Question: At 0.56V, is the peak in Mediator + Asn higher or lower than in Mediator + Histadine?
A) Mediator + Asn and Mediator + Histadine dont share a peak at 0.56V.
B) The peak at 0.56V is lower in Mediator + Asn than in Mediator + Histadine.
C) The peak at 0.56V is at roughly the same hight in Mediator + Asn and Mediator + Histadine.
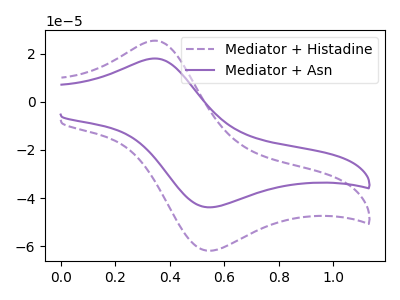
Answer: <think>The purple dashed curve "Mediator + Histadine" has an anodic peak at (0.35V, 25.35uA) and a cathodic peak at (0.55V, -61.75uA). The purple curve "Mediator + Asn" has an anodic peak at (0.35V, 17.95uA) and a cathodic peak at (0.55V, -43.75uA).</think>
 <answer>B) The peak at 0.56V is lower in "Mediator + Asn" than in "Mediator + Histadine".</answer>
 <eval>B</eval>